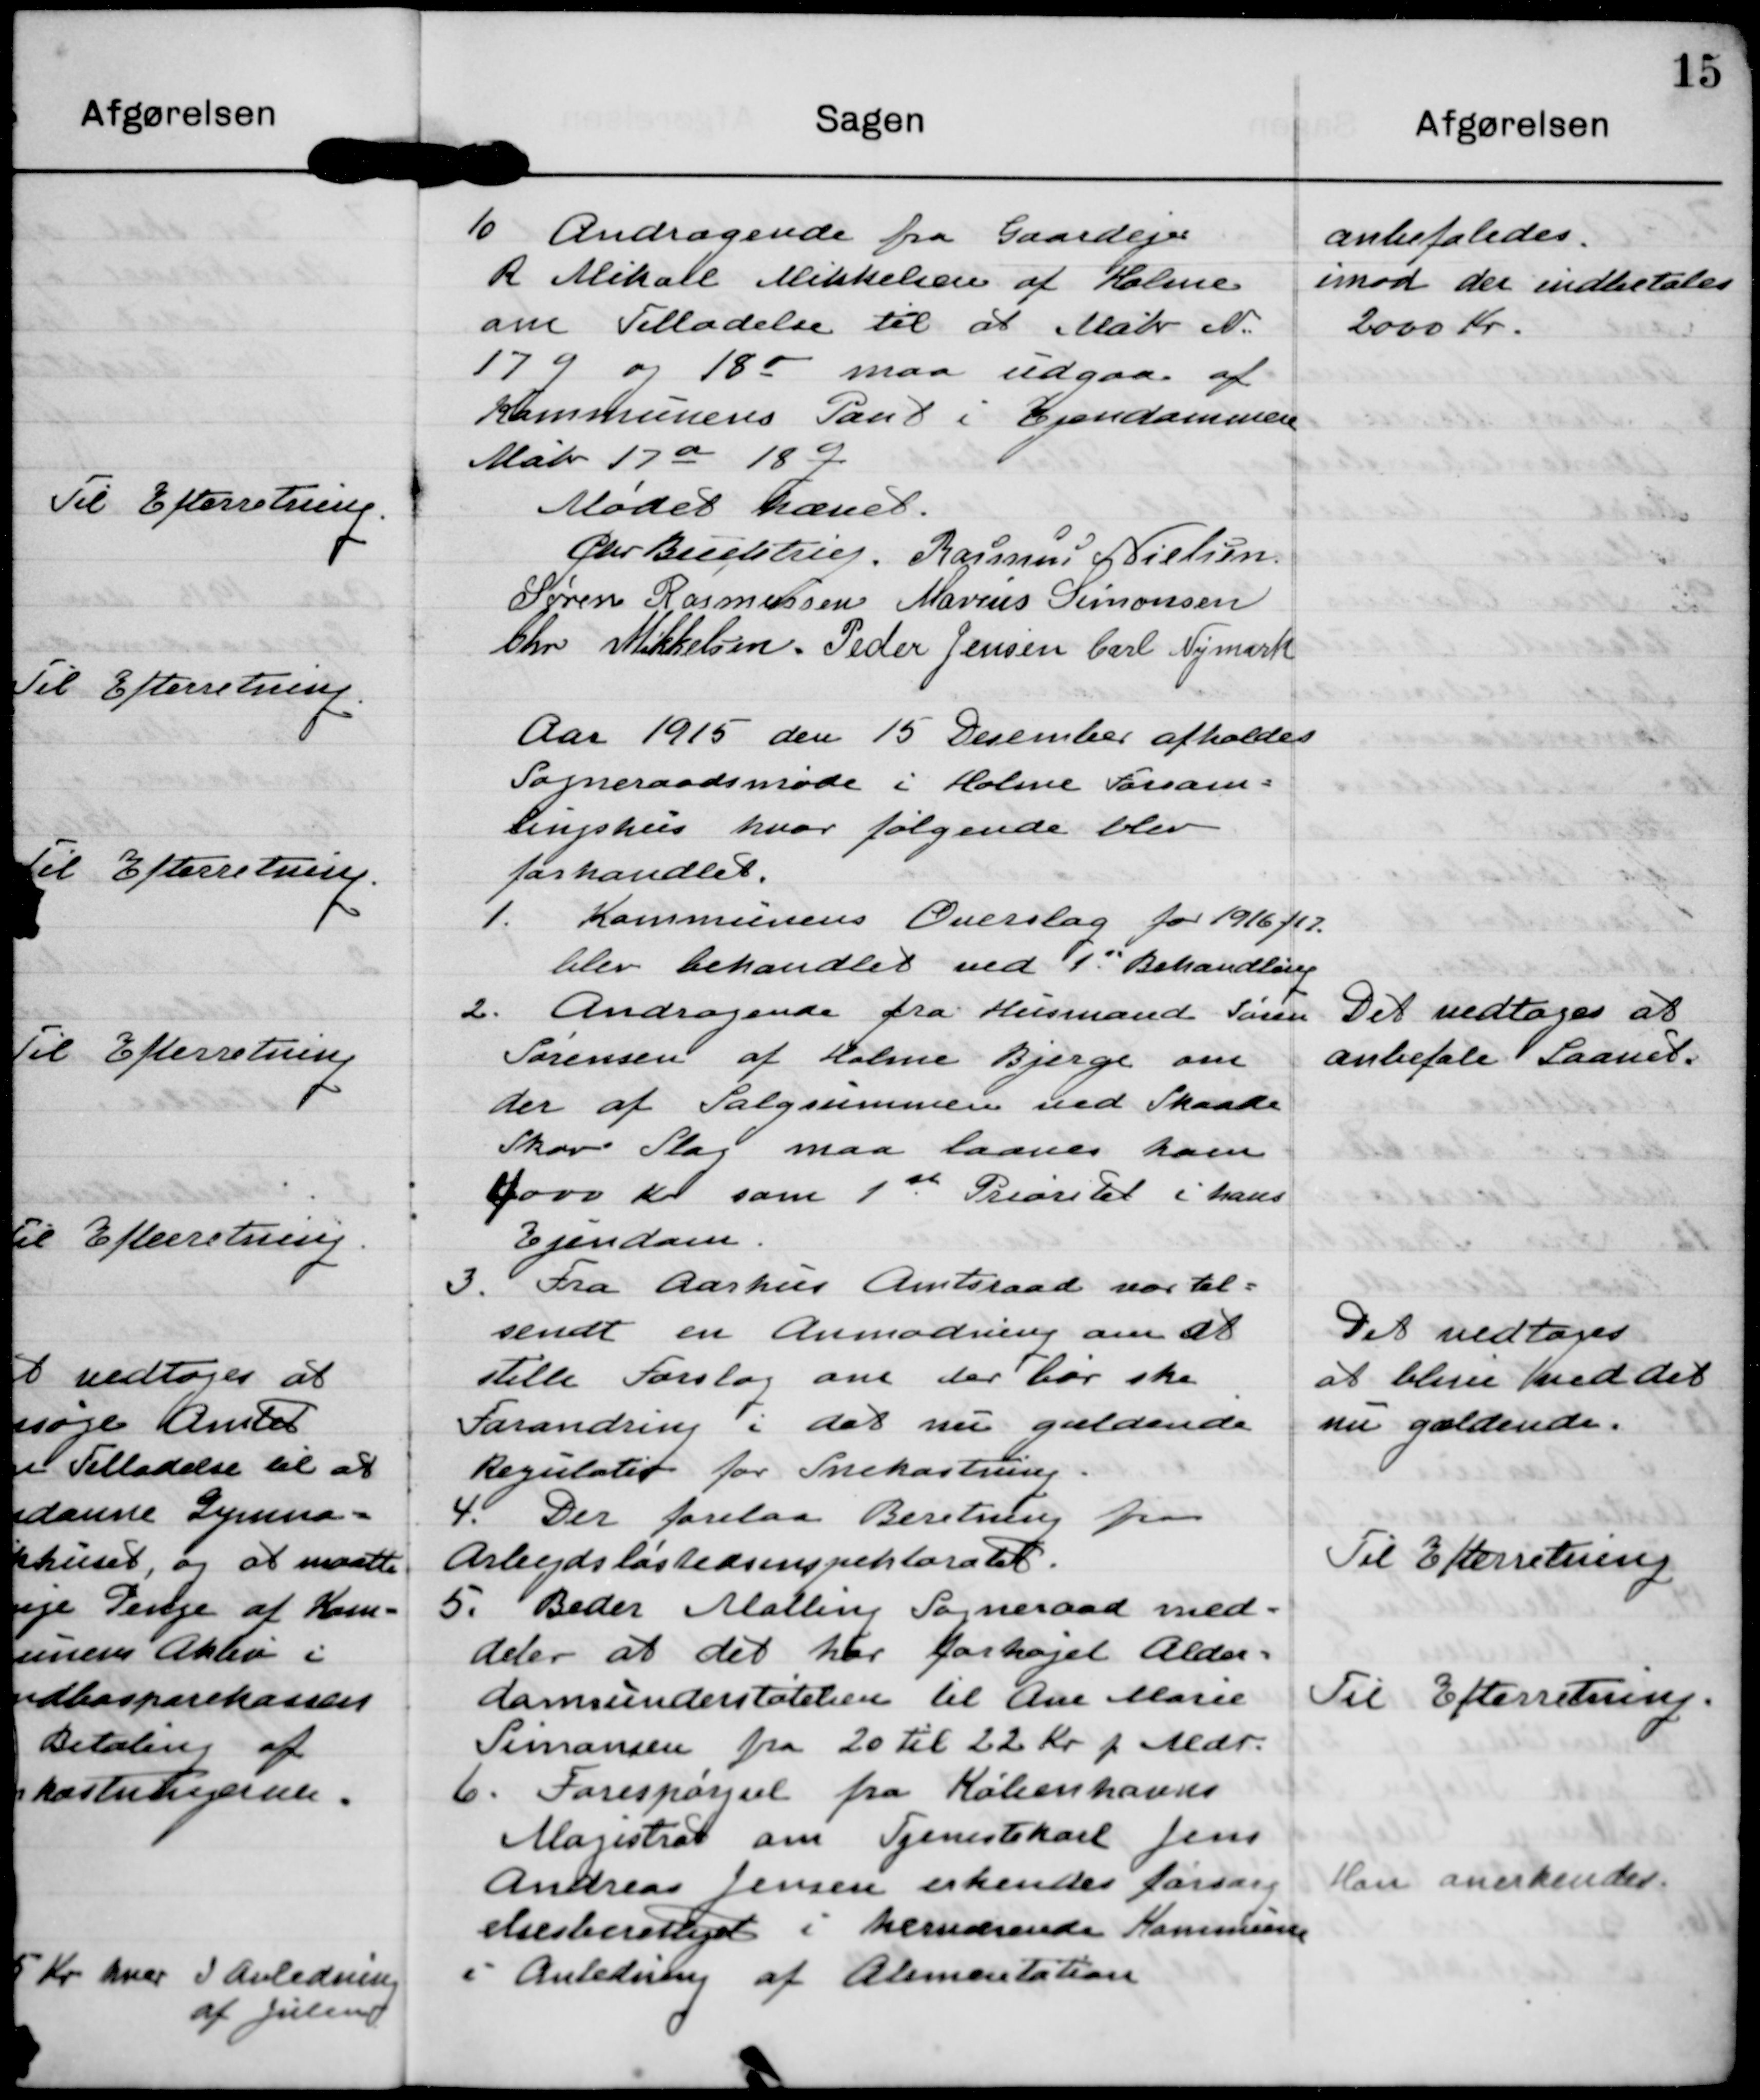
Transskription:
10 Andragende fra Gaardejer
R Mikale Mikkelsen af Holme
om Tilladelse til at Matr. N. 
17g og 18o maa udgaa af
Kommunens Pant i Ejendommen
Matr 17a 18g

anbefaledes
imod der indbetales
2000 Kr.

Mødet hævet. 
Chr Buchtrup
Rasmus Nielsen
Søren Rasmussen
Marius Simonsen
Chr Mikkelsen
Peder Jensen
Carl Nymark

Aar 1915 den 15 Desember afholdes
Sogneraadsmøde i Holme Forsam=
lingshus hvor følgende blev
forhandlet.

1 Kommunens Overslag for 1916/17.
blev behandlet ved 1' Behandling.

2. Andragende fra Husmand Søren
Sørensen af Holme Bjerge om
der af Salgsummen ved Skaade 
Skov Slag maa laanes ham
4000 Kr som 1st Prioritet i hans
Ejendom.

Det vedtages at
anbefale Laanet.

3. Fra Aarhus Amtsraad var til=
sendt en Anmodning om at
stille Forslag om der bør ske
Forandring i det nu gældende
Regulativ for Snekastning.

Det vedtages
at blive ved det
nu gældende.

4. Der forelaa Beretning fra
Arbejdsløshedsinspektoratet.

Til Efterretning.

5. Beder Malling Sogneraad med=
deler at det har forhøjet Alder=
domsunderstøtelsen til Ane Marie
Simonsen fra 20 til 22 Kr p Mdr.

Til Efterretning.

6. Forespørgsel fra Københavns
Magistrat om Tjenestekarl Jens
Andreas Jensen erkendes forsørg
elsesberettiget i herværende Kommune
i Anledning af Alimentation.

Han anerkendes.